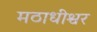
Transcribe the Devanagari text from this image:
मठाधीश्वर